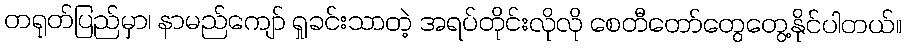
တရုတ်ပြည်မှာ၊ နာမည်ကျော် ရှုခင်းသာတဲ့ အရပ်တိုင်းလိုလို စေတီတော်တွေတွေ့နိုင်ပါတယ်။